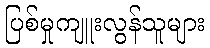
ပြစ်မှုကျူးလွန်သူများ